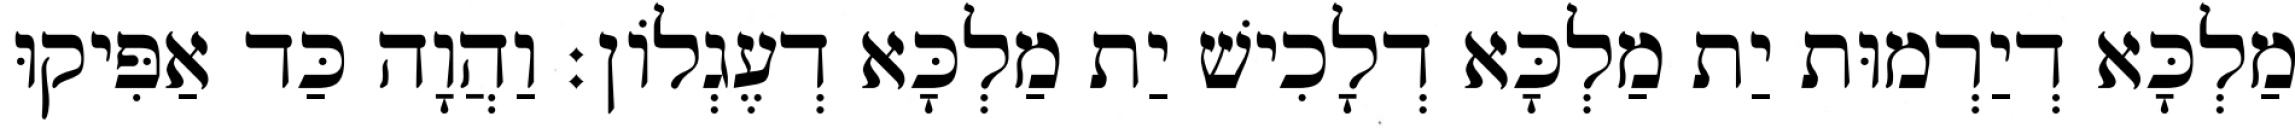
מַלְכָּא דְיַרְמוּת יַת מַלְכָּא דְלָכִישׁ יַת מַלְכָּא דְעֶגְלוֹן׃ וַהֲוָה כַּד אַפִּיקוּ